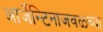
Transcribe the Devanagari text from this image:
आर्जेन्टिनाजवळच्या